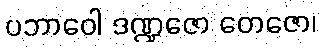
ပဘာဝေါ ဒဏ္ဍဇော တေဇော၊